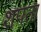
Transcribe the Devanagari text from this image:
शपता